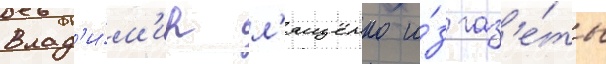
Влад'и́м'ир л'ященко и́з газ'е́ты